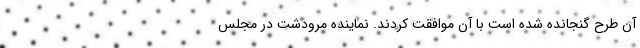
آن طرح گنجانده شده است با آن موافقت کردند. نماینده مرودشت در مجلس